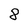
Character: 8